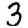
Digit: 3